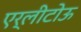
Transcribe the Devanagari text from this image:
एर्लीटोऊ